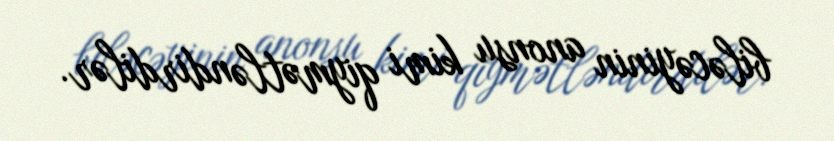
biləcəyinin anonsu kimi qiymətləndirdilər.